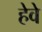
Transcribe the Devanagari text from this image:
हेवे